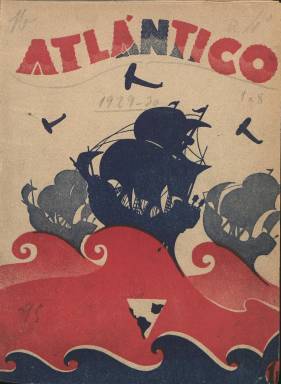
Título: Atlántico (Madrid)
Colección: Revistas de información general || Cultura
Ámbito geográfico: Madrid
Lugar de publicación: Madrid
Fechas: 05/06/1929-16/03/1930

Publicación que une su carácter de magacín con el literario, así como el americanista, que lleva explícito en el título y subtítulo: “revista mensual de la vida hispanoamericana”, aunque también tratará sobre la cultura artística y literaria europea. Fue fundada y dirigida por Francisco Guillén Salaya (1900-1965), “un personaje que tuvo alguna parte en la nada heroica historia intelectual del fascismo español”, en palabras de José-Carlos Mainer, al rescatar esta revista escasamente citada de entre las literarias y de vanguardia, y en la que aparecerán las firmas de, entre otros, Antonio Espina, Benjamín Jarnés, Francisco Ayala, Gregorio Marañón, Vicente Blasco Ibáñez, Melchor Fernández Almagro, Rodolfo LLopis, Marcelino Domingo, Ángel Valbuena Prat, André Maurois, Carmen Conde, Rafael Alberti o Federico García Lorca, pero también la de Ramiro Ledesma Ramos, y a la que César González-Ruano, otro de sus colaboradores, tildará de “bella empresa literaria”.

Guillén Salaya ya había editado previamente la revista gráfica semanal Castilla (1924-1925) –que también forma parte de la colección de la Biblioteca Nacional de España (BNE)– y, además de haber sido redactor-jefe de El Imparcial (1867-1933) y crítico literario de su suplemento Los Lunes, será autor de más de una decena de obras y, en su dimensión política, de cenetista pasará a integrarse en el primer núcleo del jonsismo y el falangismo, siendo dirigente del nacional-sindicalismo de la posguerra. Gerente y secretario de Atlántico fue un especialista en internacional, cine y teatro en diarios como el citado, o en El Socialista (1886) y El Sol (1917-1939), conocido como Boris Bureba: Isidoro Bureba Muro (1892-1972). La empresa así mismo contará con la editora Biblioteca Atlántico.

En un formato en cuarto, aparecerá el cinco de cada mes, desde junio de 1929, para hacerse quincenal a partir de febrero de 1930 (número 9). Sus cinco primeras entregas alcanzan las 128 páginas, y las aumenta hasta las 208 hasta la número trece, para reducirlas a continuación a 96, hasta la entrega 17, correspondiente al 16 de mayo de 1930. Suspende su publicación y aparecerá tras un dilatado tiempo un último y único número –el 18– en marzo de 1933. Su colección en la BNE está incompleta. Es compuesta a dos columnas y estará sembrada de dibujos, caricaturas y fotograbados, así como con humor gráfico, contando también con una nutrida publicidad comercial, entre la que se encuentra la editorial, como es la de Espasa-Calpe. Como ilustradores aparecen las firmas de Alberto García, Garrán, Redondela, Vilá, Viejo, Mena, Pretel o Santa Cruz, siendo los tres primeros los autores de los dibujos que ocupan sus cubiertas, estampadas a varias tintas de color, usándose para la impresión de la entregas, que salieron del establecimiento de Hernández y Galo Sáez, tanto el papel prensa como el cuché.

Además de la inclusión de textos de creación literaria, en prosa y en verso, la revista publica otros de actualidad política, cultural y hasta deportiva, de divulgación científico-técnica, de geografía o turismo, de temas sociales y económicos y sobre el mundo del espectáculo. Se estructura en un vasto número de secciones: Cuentistas españolas, Cuentistas americanos, Panorama político, Panorama poético, Geografía de España (reportajes acompañados de fotograbados de ciudades española de periodistas y escritores de provincias), Geografía de América (de igual género sobre ciudades del continente americano), Breviario de turismo, Divulgación médica, así como las denominadas De arte (a cargo de Rafael Marquina), Teatros (por Antonio Obregón), Cinema (por Juan Piqueras, Ventura Pedro Valero y José de la Fuente), Música (por César Muñoz Arconada), Deportes (por Antonio Gay), Toros (por Angelito), Páginas femeninas (por Salomé Núñez y Topete) o Modas (con el seudónimo Mari-Tere), así como Bibliografía, Radiofonía y televisión y la de Humorismo (con chistes gráficos e historietas cómicas del citado Garrán), El Humor en discos o la sección Batintín (que firmaba un joven Samuel Ros). De igual forma, prestará atención a Cataluña, siendo un entonces también joven Guillermo Díaz-Plaja su corresponsal en Barcelona, además de Sebastià Gasch.

Muchos de sus colaboradores lo eran también de La Gaceta literaria (1927-1932), como lo fue su director, Ernesto Giménez Caballero, o el propio Guillén Salaya. También firman trabajos José Francisco Pastor, Juan Piqueras, Luis Amado Blanco, la propia Ernestina Champourcín, Benjamín Carrión, Manuel Abril o Miguel Pérez Ferrero, y publican también sus poemas Alfredo Marqueríe, Félix Delgado, Julio Verdié o Ángel Lázaro. Se entrevistan a Joséphine Baker, Eduardo Foertsch, Ramón Gómez de la Serna o a Azorín, y como novela en folletín publica La mujer soñada, de J. Pérez de Rozas. La revista llegó a organizar, además de un concurso literario, el primer certamen de Miss España (véase los números 9 y 10).

Referencias bibliográficas para este título y Guillén Salaya, entre otras, son las de José-Carlos Mainer (1989, 1995 y 2008), que señala que Atlántico “nos acerca al mundo que entraba en los años treinta y se aproximaba a la catástrofe”, y los trabajos de César Antonio Molina (1990), Rafael Osuna (1993) y Julio Rodríguez (2008), sobre prensa y revistas literarias y literatura fascista española.